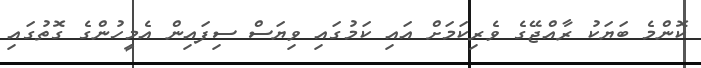
ކޮންމެ ބަޔަކު ރާއްޖޭގެ ވެރިކަމަށް އައި ކަމުގައި ވިޔަސް ސިފައިން އެމީހުންގެ ގޮތުގައި